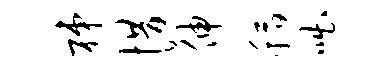
梯惜伸稻咄